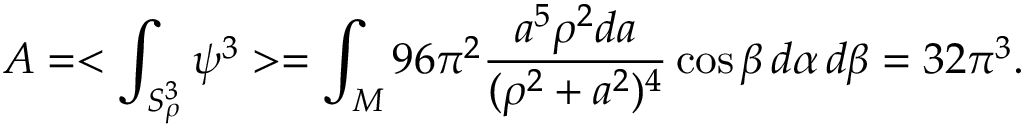
{ \cal A } = < \int _ { S _ { \rho } ^ { 3 } } \psi ^ { 3 } > = \int _ { \cal M } 9 6 \pi ^ { 2 } { \frac { a ^ { 5 } \rho ^ { 2 } d a } { ( \rho ^ { 2 } + a ^ { 2 } ) ^ { 4 } } } \cos \beta \, d \alpha \, d \beta = 3 2 \pi ^ { 3 } .